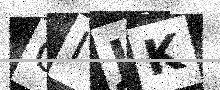
Text: OIJK